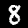
Label: 8